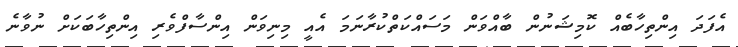
އެފަދަ އިންތިހާބެއް ކޮމިޝަނުން ބާއްވަން މަސައްކަތްކުރާނަމަ އެއީ މިނިވަން އިންސާފްވެރި އިންތިހާބަކަށް ނުވާނެ